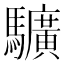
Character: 𩧉